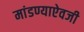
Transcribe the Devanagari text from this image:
मांडण्याऐवजी